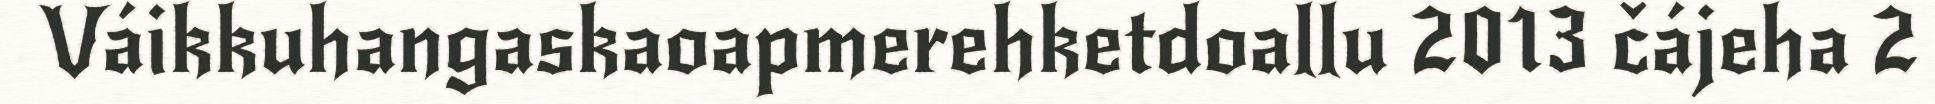
Váikkuhangaskaoapmerehketdoallu 2013 čájeha 2